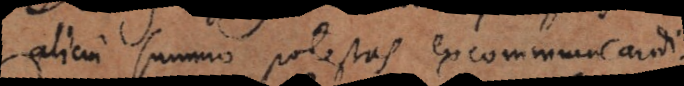
alicui summo potestas excommunicandi.